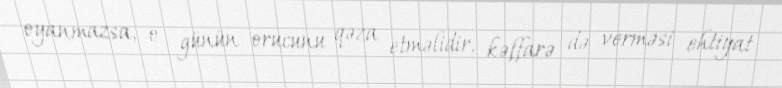
oyanmazsa, o günün orucunu qəza etməlidir, kəffarə də verməsi ehtiyat